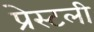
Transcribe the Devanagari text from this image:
प्रेस्टली